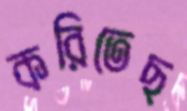
করিতেছ